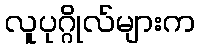
လူပုဂ္ဂိုလ်များက